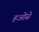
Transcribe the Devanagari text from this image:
हओसे